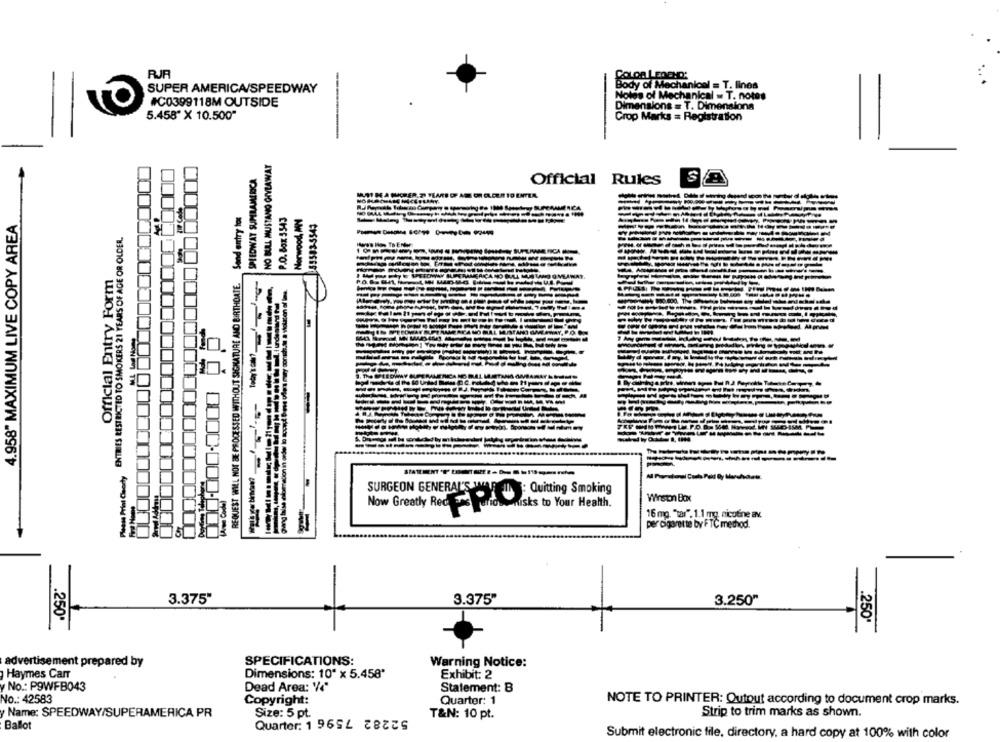
RJR
COLOR LEOCHD:
SUPER AMERICA/SPEEDWAY
Body of Mechanical = T. lines
Notes of Mechanical = T. notes
O
#C0399118M OUTSIDE
Dimensions = T. Dimensions
5.458" X 10.500"
Crop Marks = Registration
NO BULL MUSTANG GIVEAWAY
SPEEDWAY SUPERAMERICA
S
Official Rules
O
Send antry to
P.O. Box 3543
Norwood, MN
4.958" MAXIMUM LIVE COPY AREA
085583-5543
ENTRIES RESTRICTED TO SMOKERS 21 YEARS OF AGE OR OLDER.
------
How's How To Enter
Official Entry Form
REQUEST WILL NOT BE PROCESSED WITHOUT SIGNATURE AND BIRTHDATE.
LAWAY.
000.000.0000 00
con in
Please Print Ceody
SURGEON GENERAL'S WAR
: Quitting Smoking
How Cool
Winston Box
Now Greatly Rec 36 union
huisks to Your Health.
16 mg. "tar". 1.1 mg, nicotine av.
per cigarette by FTC method.
3.375"
3.375"
3.250"
.250'
.250"
advertisement prepared by
SPECIFICATIONS:
Warning Notice:
Haymes Carr
Dimensions: 10" x 5.458'
Exhibit: 2
No .: P9WFB043
Dead Area: Y/4"
Statement: B
No .: 42583
Copyright:
Quarter: 1
NOTE TO PRINTER: Outout according to document crop marks.
Name: SPEEDWAY/SUPERAMERICA PR
Strip to trim marks as shown.
Size: 5 pt.
T&N: 10 pt.
Ballot
Submit electronic file, directory, a hard copy at 100% with color